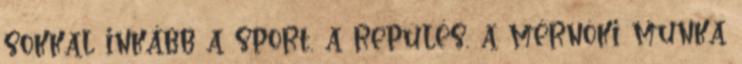
sokkal inkább a sport, a repülés, a mérnöki munka